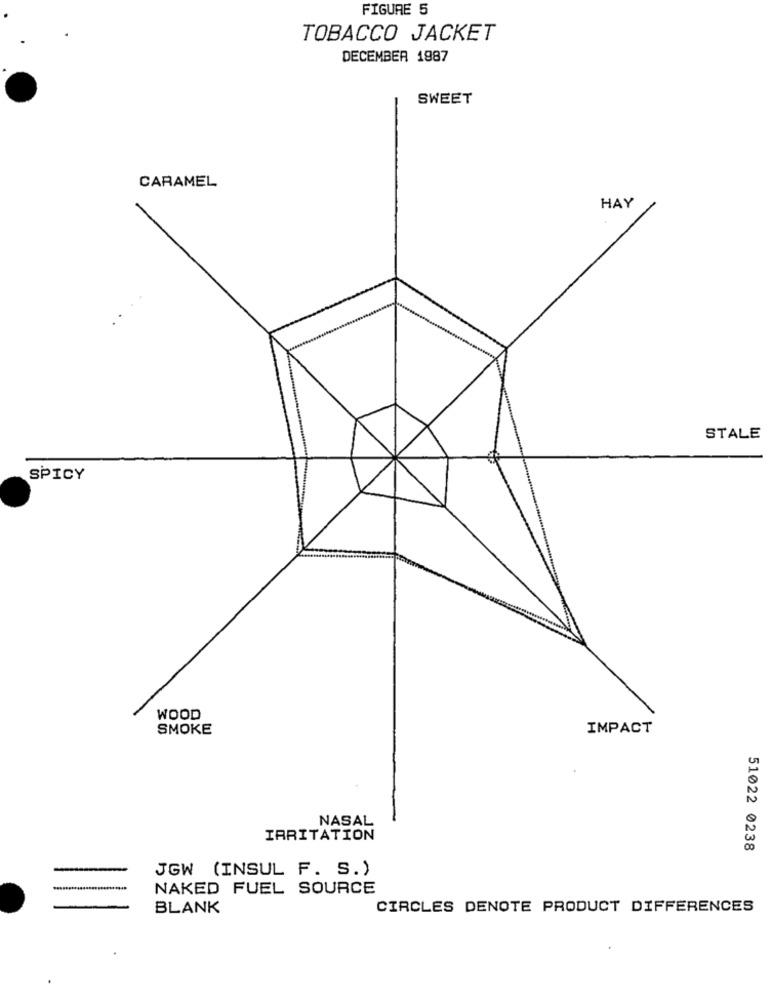
FIGURE 5
TOBACCO JACKET
DECEMBER 1987
SWEET
CARAMEL
HAY
STALE
SPICY
WOOD
SMOKE
IMPACT
NASAL
IRRITATION
51022 0238
JGW (INSUL F. S.)
NAKED FUEL SOURCE
BLANK
CIRCLES DENOTE PRODUCT DIFFERENCES